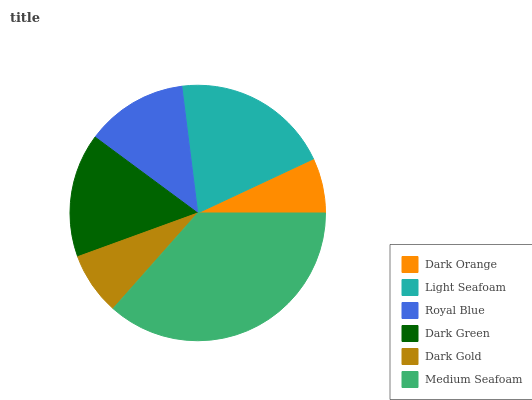
| Dark Orange | Light Seafoam | Royal Blue | Dark Green | Dark Gold | Medium Seafoam |
 | --- | --- | --- | --- | --- | --- |
 | 6.96% | 20% | 12.9% | 15.7% | 7.9% | 36.6% |